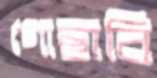
গোছাবি